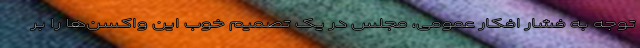
توجه به فشار افکار عمومی، مجلس در یک تصمیم خوب این واکسن‌ها را بر